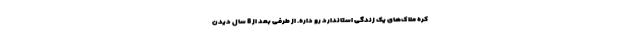
کره ملاک‌های یک زندگی استاندارد رو داره. از طرفی بعد از 8 سال دیدن